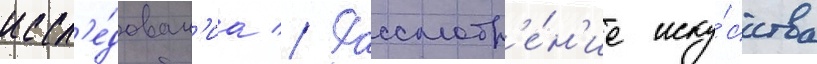
иссл'е́дован'иа // Рассмотр'е́н'ие иску́сства